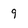
Character: 9